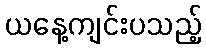
ယနေ့ကျင်းပသည့်